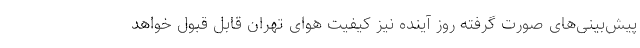
پیش‌بینی‌های صورت گرفته روز آینده نیز کیفیت هوای تهران قابل قبول خواهد